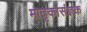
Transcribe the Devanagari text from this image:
मातृकासंज्ञक